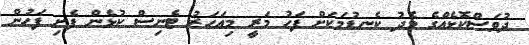
ދުވަސްކޮޅެއްގެ މެދު ކެނޑުމަކަށް ފަހު މަރީ މިއަހަރު ޓެނިސް ކުޅެން ފެށި ފަހުން